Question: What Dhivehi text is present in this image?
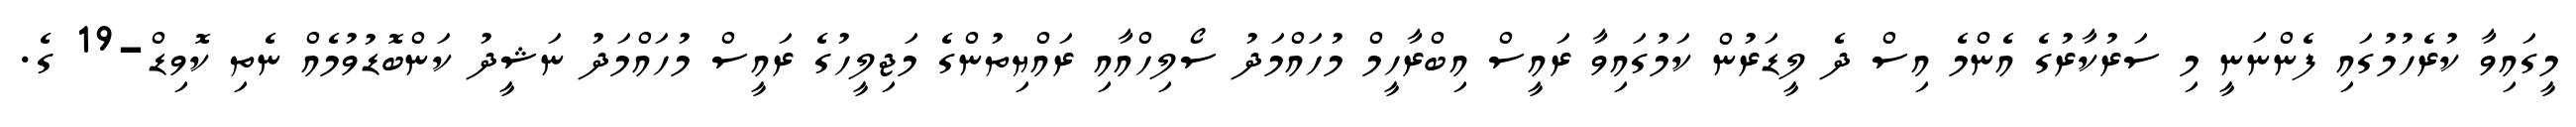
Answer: މީގައިވާ ކުރެހުމުގައި ފެންނަނީ މި ސަރުކާރުގެ އެންމެ އިސް ދެ ލީޑަރުން ކަމުގައިވާ ރައީސް އިބްރާހީމް މުހައްމަދު ސޯލިހްއާއި ރައްޔިތުންގެ މަޖިލީހުގެ ރައީސް މުހައްމަދު ނަޝީދު ކަންބޮޑުވުމެއް ނެތި ކޮވިޑް-19 ގެ.